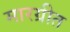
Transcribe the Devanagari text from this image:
मारग्रीत